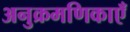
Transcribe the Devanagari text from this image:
अनुक्रमणिकाएँ